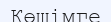
Көшімге